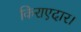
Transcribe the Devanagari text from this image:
किराएदार।